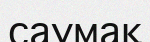
саумақ